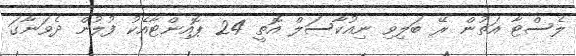
ލެސްޓާ އަތުން ރޭ ބަލިވި ނިއުކާސަލް އޮތީ 24 ޕޮއިންޓާއެކު ފުލުން ދެވަނާގަ